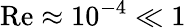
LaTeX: \mathrm{Re}\approx 10^{-4}\ll 1